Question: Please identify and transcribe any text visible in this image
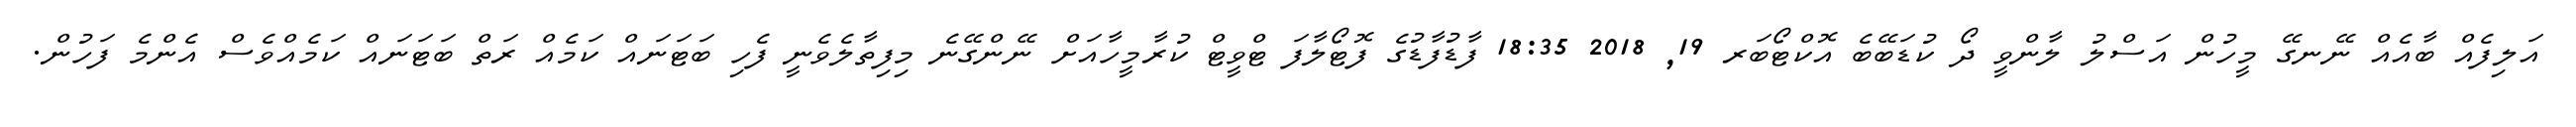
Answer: އަލިފެއް ބާއެއް ނޭނގޭ މީހުން އަސްލު ލާންވީ ދޯ ކުޑަބޭބެ އޮކްޓޯބަރ 19, 2018 18:35 ފާޑުފާޑުގެ ފޮޓޯލާފަ ޓްވީޓް ކުރާމީހާއަށް ނޭންގޭނެ މިފިތާލެވެނީ ފެހި ބަޓަނައް ކަމެއް ރަތް ބަޓަނައް ކަމެއްވެސް އެންމެ ފަހުން.